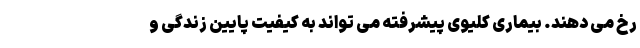
رخ می دهند. بیماری کلیوی پیشرفته می تواند به کیفیت پایین زندگی و